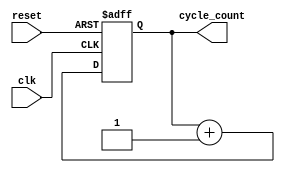
module ClockCycleInitialization (
    input wire clk,          // Clock input
    input wire reset,        // Reset input
    output reg [31:0] cycle_count // Cycle count output (32 bits)
);

// Always block triggered on the rising edge of the clock or on reset
always @(posedge clk or posedge reset) begin
    if (reset) begin
        // On reset, initialize cycle_count to zero
        cycle_count <= 32'd0;
    end else begin
        // On clock edge and not in reset, increment the cycle_count
        cycle_count <= cycle_count + 1;
    end
end

endmodule